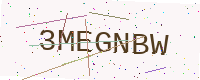
Text: 3MEGNBW